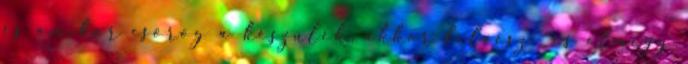
és amikor csörög a készülék, akkor felveszi és elmegy